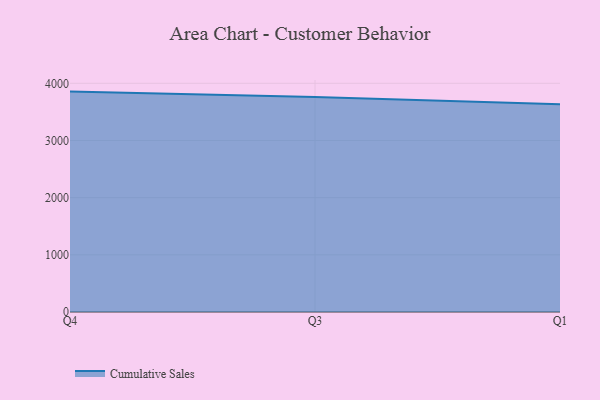
{"axis": {"x": "Quarter", "y": "Churn Rate (%)"}, "legend": ["Cumulative Sales"], "data": [{"x": "Q4", "y": 3854.8, "type": "Cumulative Sales"}, {"x": "Q3", "y": 3760.7, "type": "Cumulative Sales"}, {"x": "Q1", "y": 3635.6, "type": "Cumulative Sales"}]}